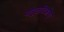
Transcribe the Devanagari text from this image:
पोपुलतिओन्।